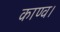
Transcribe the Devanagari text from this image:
काण्‍व।